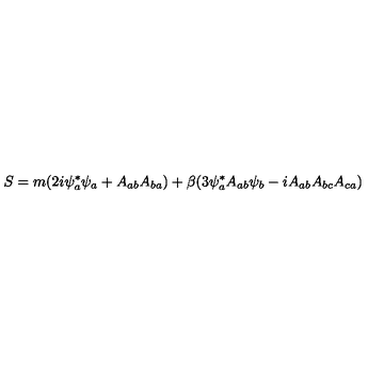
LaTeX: S = m ( 2 i \psi _ { a } ^ { * } \psi _ { a } + A _ { a b } A _ { b a } ) + \beta ( 3 \psi _ { a } ^ { * } A _ { a b } \psi _ { b } - i A _ { a b } A _ { b c } A _ { c a } )